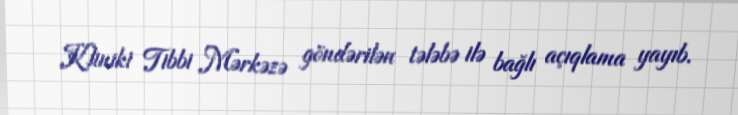
Kliniki Tibbi Mərkəzə göndərilən tələbə ilə bağlı açıqlama yayıb.